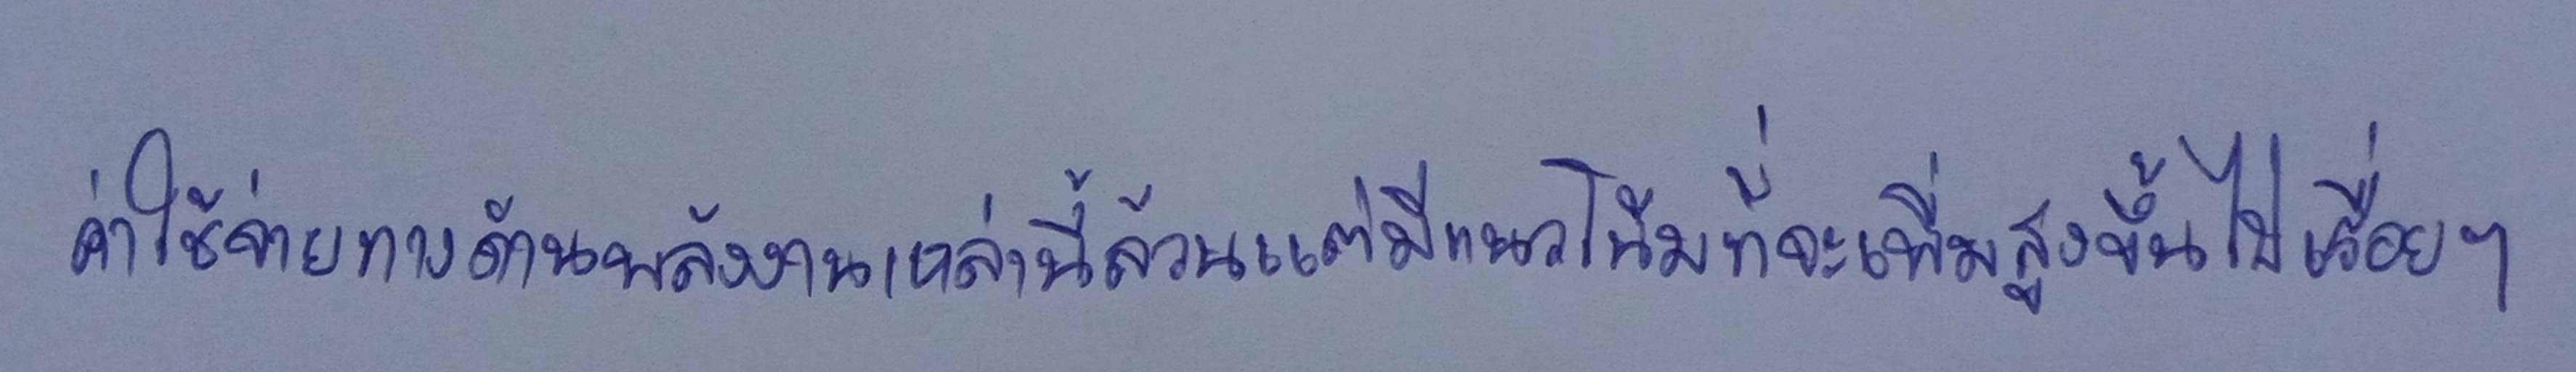
ค่าใช้จ่ายทางด้านพลังงานเหล่านี้ล้วนแต่มีแนวโน้มที่จะเพิ่มสูงขึ้นไปเรื่อยๆ